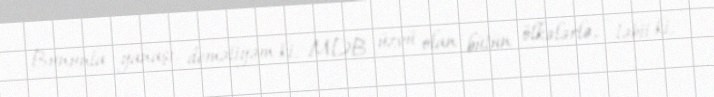
Bununla yanaşı, deməliyəm ki, MDB üzvü olan bütün ölkələrlə, - təbii ki,